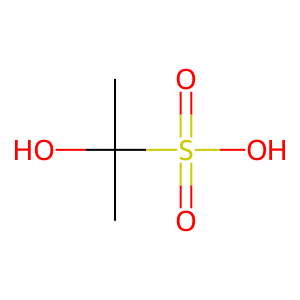
SMILES: CC(C)(O)S(=O)(=O)O
Inhibits HIV replication: No